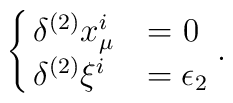
\cases{\delta^{(2)} x^i_\mu & = 0\cr\delta^{(2)} \xi ^i& $=\epsilon_2$}.